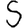
Digit: 5